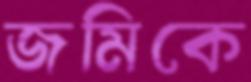
জমিকে